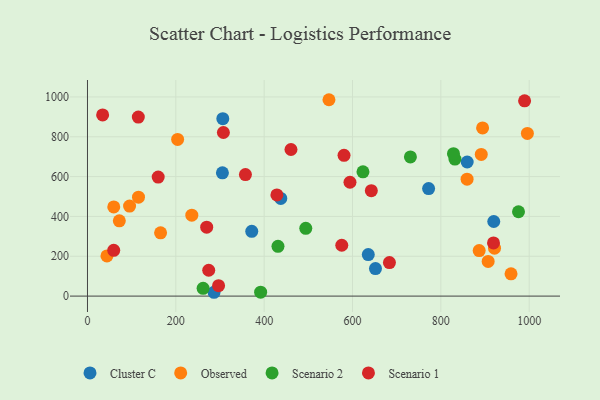
{"axis": {"x": "Experience", "y": "Profit"}, "legend": ["Cluster C", "Observed", "Scenario 1", "Scenario 2"], "data": [{"x": "437.6", "y": 490.2, "type": "Cluster C"}, {"x": "859.6", "y": 673.3, "type": "Cluster C"}, {"x": "305.5", "y": 619.0, "type": "Cluster C"}, {"x": "919.8", "y": 374.6, "type": "Cluster C"}, {"x": "306.4", "y": 890.9, "type": "Cluster C"}, {"x": "286.5", "y": 19.2, "type": "Cluster C"}, {"x": "635.7", "y": 208.7, "type": "Cluster C"}, {"x": "772.3", "y": 540.1, "type": "Cluster C"}, {"x": "652.0", "y": 138.3, "type": "Cluster C"}, {"x": "371.9", "y": 325.3, "type": "Cluster C"}, {"x": "165.5", "y": 317.9, "type": "Observed"}, {"x": "907.1", "y": 173.9, "type": "Observed"}, {"x": "995.9", "y": 816.8, "type": "Observed"}, {"x": "859.4", "y": 586.9, "type": "Observed"}, {"x": "115.5", "y": 496.8, "type": "Observed"}, {"x": "44.1", "y": 201.8, "type": "Observed"}, {"x": "236.2", "y": 406.2, "type": "Observed"}, {"x": "891.5", "y": 711.5, "type": "Observed"}, {"x": "95.3", "y": 451.8, "type": "Observed"}, {"x": "921.5", "y": 240.8, "type": "Observed"}, {"x": "59.5", "y": 447.6, "type": "Observed"}, {"x": "958.9", "y": 112.0, "type": "Observed"}, {"x": "72.1", "y": 378.0, "type": "Observed"}, {"x": "894.5", "y": 844.3, "type": "Observed"}, {"x": "886.8", "y": 228.7, "type": "Observed"}, {"x": "546.7", "y": 986.0, "type": "Observed"}, {"x": "204.1", "y": 786.7, "type": "Observed"}, {"x": "431.3", "y": 249.9, "type": "Scenario 2"}, {"x": "623.7", "y": 624.0, "type": "Scenario 2"}, {"x": "392.0", "y": 19.5, "type": "Scenario 2"}, {"x": "831.9", "y": 687.9, "type": "Scenario 2"}, {"x": "975.8", "y": 423.6, "type": "Scenario 2"}, {"x": "828.6", "y": 715.1, "type": "Scenario 2"}, {"x": "731.1", "y": 698.7, "type": "Scenario 2"}, {"x": "494.2", "y": 340.2, "type": "Scenario 2"}, {"x": "261.8", "y": 39.2, "type": "Scenario 2"}, {"x": "115.1", "y": 898.9, "type": "Scenario 1"}, {"x": "34.3", "y": 909.8, "type": "Scenario 1"}, {"x": "269.9", "y": 346.2, "type": "Scenario 1"}, {"x": "428.8", "y": 507.8, "type": "Scenario 1"}, {"x": "460.7", "y": 736.0, "type": "Scenario 1"}, {"x": "642.6", "y": 529.2, "type": "Scenario 1"}, {"x": "575.7", "y": 255.2, "type": "Scenario 1"}, {"x": "580.8", "y": 706.9, "type": "Scenario 1"}, {"x": "296.8", "y": 52.5, "type": "Scenario 1"}, {"x": "989.6", "y": 980.7, "type": "Scenario 1"}, {"x": "357.6", "y": 610.4, "type": "Scenario 1"}, {"x": "919.2", "y": 267.1, "type": "Scenario 1"}, {"x": "683.6", "y": 168.5, "type": "Scenario 1"}, {"x": "274.5", "y": 129.9, "type": "Scenario 1"}, {"x": "160.1", "y": 597.6, "type": "Scenario 1"}, {"x": "307.7", "y": 821.5, "type": "Scenario 1"}, {"x": "59.4", "y": 229.8, "type": "Scenario 1"}, {"x": "594.3", "y": 571.7, "type": "Scenario 1"}]}